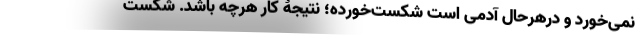
نمی‌خورَد و درهرحال آدمی است شکست‌خورده؛ نتیجۀ کار هرچه باشد. شکست